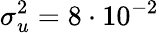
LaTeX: \sigma_{u}^{2}=8\cdot 10^{-2}